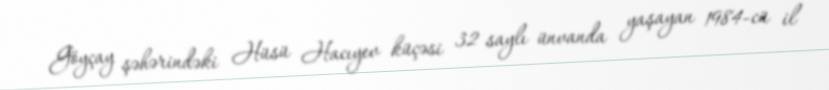
Göyçay şəhərindəki Hüsü Hacıyev küçəsi 32 saylı ünvanda yaşayan 1984-cü il